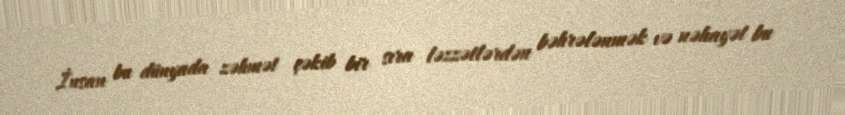
İnsan bu dünyada zəhmət çəkib bir sıra ləzzətlərdən bəhrələnmək və nəhayət bu